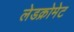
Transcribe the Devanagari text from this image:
लेडक्रोमेट